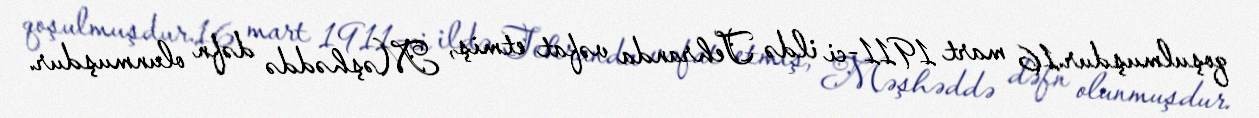
qoşulmuşdur.16 mart 1911-ci ildə Tehranda vəfat etmiş, Məşhəddə dəfn olunmuşdur.